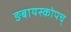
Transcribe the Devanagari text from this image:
ङबायस्कोपच्